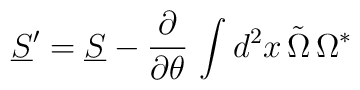
\underline S^\prime = \underline S - {\partial\over\partial\theta} \, \int d^2 x \, \tilde\Omega \, \Omega^\ast